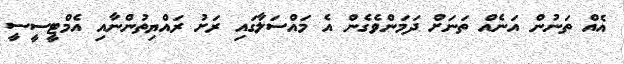
އެއް ތަނުން އަނެއް ތަނަށް ދަމަންވެގެން އެ މައްސަލާގައި ރަށު ރައްޔިތުންނާއި އެމްޓީސީސީ